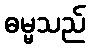
ဓမ္မသည်